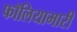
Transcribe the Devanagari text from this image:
फॉलियामारी